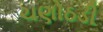
ચણોઠડી